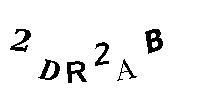
2DR2AB